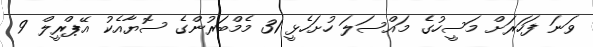
ވަނަ ފަހަރަށް މަސީހުގެ މައްސަލަ ހުށަހެޅީ 31 މެމްބަރުންގެ ސޮޔާއެކު އޭޕްރީލް 9